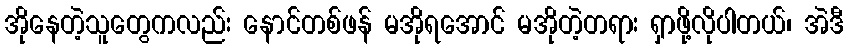
အိုနေတဲ့သူတွေကလည်း နောင်တစ်ဖန် မအိုရအောင် မအိုတဲ့တရား ရှာဖို့လိုပါတယ်၊ အဲဒီ